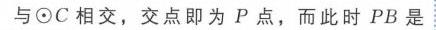
与\(\odot C\)相交，交点即为 \(P\) 点，而此时 \(PB\) 是